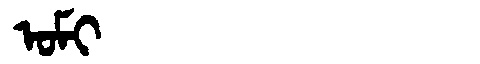
Manchu: ᠣᠮᡳ
Romanization: OMI